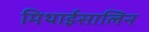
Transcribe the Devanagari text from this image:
मिथाईसालिन